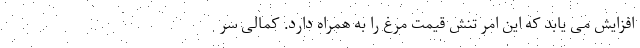
افزایش می یابد که این امر تنش قیمت مرغ را به همراه دارد. کمالی سر